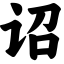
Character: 诏